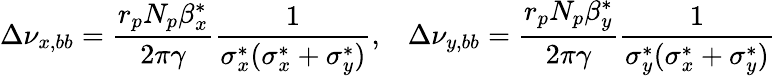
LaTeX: \Delta\nu_{x,bb}=\frac{r_{p}N_{p}\beta_{x}^{*}}{2\pi\gamma}\frac{1}{\sigma_{x}^{*}(\sigma_{x}^{*}+\sigma_{y}^{*})},\; \; \; \Delta\nu_{y,bb}=\frac{r_{p}N_{p}\beta_{y}^{*}}{2\pi\gamma}\frac{1}{\sigma_{y}^{*}(\sigma_{x}^{*}+\sigma_{y}^{*})}